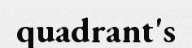
quadrant's